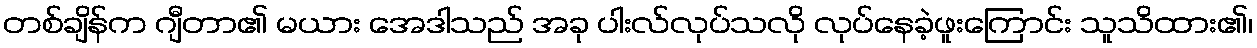
တစ်ချိန်က ဂျီတာ၏ မယား အေဒါသည် အခု ပါးလ်လုပ်သလို လုပ်နေခဲ့ဖူးကြောင်း သူသိထား၏၊